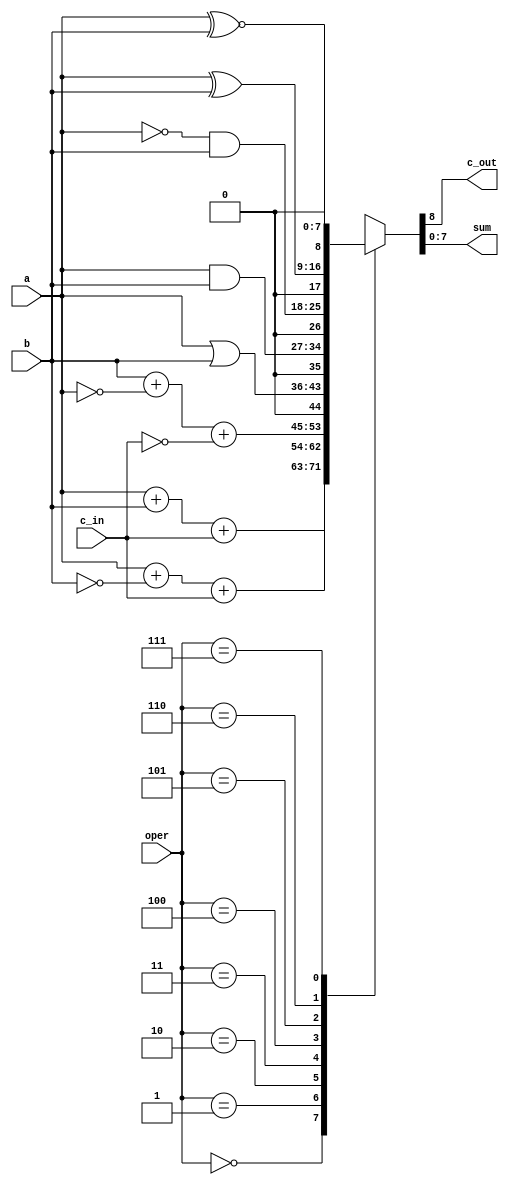

  `timescale 10ns / 1ns
  `define OP_and 3'b000
  `define OP_subtract 3'b001
  `define OP_subtract_a 3'b010
  `define OP_or_ab 3'b011
  `define OP_and_ab 3'b100
  `define OP_not_ab 3'b101
  `define OP_exor 3'b110
  `define OP_exnor 3'b111
  
  module ALU(output reg c_out,
             output reg [7:0] sum,
             input [2:0] oper,
             input [7:0] a,
             input [7:0] b,
             input c_in);
             
    always @(*)
    begin
      case(oper)
        `OP_and	: {c_out, sum} = a + b + c_in;
        `OP_subtract: {c_out, sum} = a + ~b + c_in;
        `OP_subtract_a: {c_out, sum} = b + ~a + ~c_in;
        `OP_or_ab: {c_out, sum} = {1'b0, a | b};
        `OP_and_ab: {c_out, sum} = {1'b0, a & b};
        `OP_not_ab: {c_out, sum} = {1'b0, (~a) & b};
        `OP_exor: {c_out, sum} = {1'b0, a ^ b};
        `OP_exnor: {c_out, sum} = {1'b0, a ~^ b};
        default: {c_out, sum} = 9'bx;
      endcase
    end
    
  endmodule